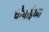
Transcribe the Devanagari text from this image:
चौथाईच्या